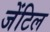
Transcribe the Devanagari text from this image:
जेंटिल